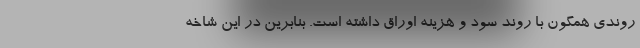
روندی همگون با روند سود و هزینه اوراق داشته است. بنابرین در این شاخه